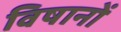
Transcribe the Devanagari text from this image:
विषानों